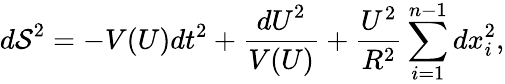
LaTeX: {d\mathcal{S}}^{2}=-V(U){dt}^{2}+\frac{{{dU}^{2}}}{{V(U)}}+\frac{{U^{2}}}{{R^{2}}}\sum_{i=1}^{n-1}{dx}_{i}^{2},